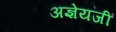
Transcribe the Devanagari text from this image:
अज्ञेयजी